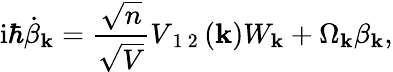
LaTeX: \mathrm{i}\hbar\dot{\beta}_{\mathbf{k}}=\frac{\sqrt{n}}{\sqrt{V}}V_{\mathrm{~1~2~}}({\mathbf{k}})W_{\mathbf{k}}+\Omega_{\mathbf{k}}\beta_{\mathbf{k}},